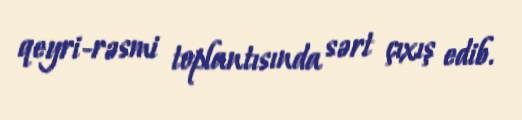
qeyri-rəsmi toplantısında sərt çıxış edib.